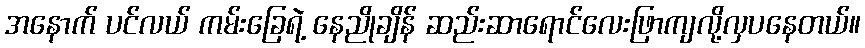
အနောက် ပင်လယ် ကမ်းခြေရဲ့ နေညိုချိန် ဆည်းဆာရောင်လေးဖြာကျလို့လှပနေတယ်။